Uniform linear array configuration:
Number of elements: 64
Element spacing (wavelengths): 0.75
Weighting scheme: kaiser
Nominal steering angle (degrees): -15
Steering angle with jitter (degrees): -14.682
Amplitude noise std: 0.05
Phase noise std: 0.05

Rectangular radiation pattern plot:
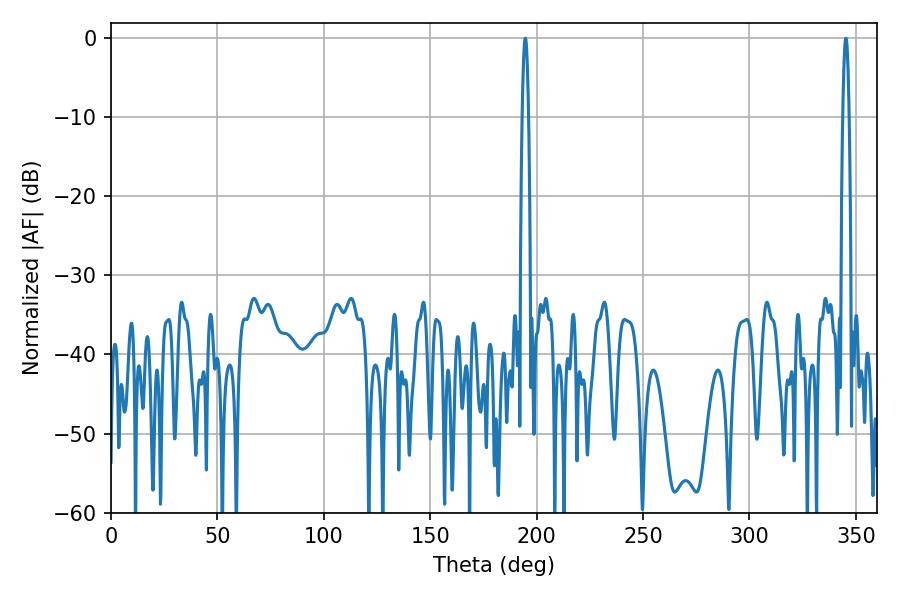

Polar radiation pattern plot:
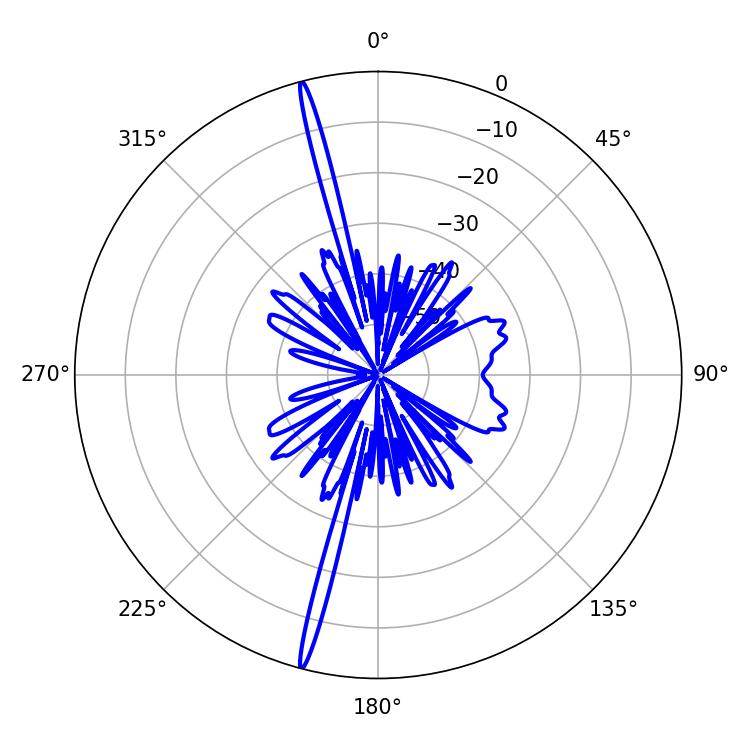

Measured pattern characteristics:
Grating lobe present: TRUE
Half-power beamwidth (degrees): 1.62
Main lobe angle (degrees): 345.24